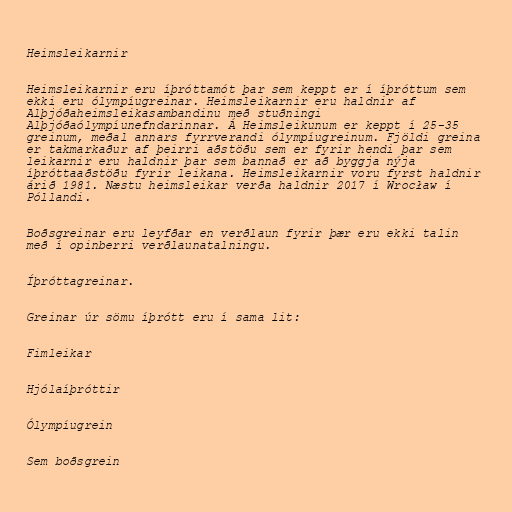
Heimsleikarnir

Heimsleikarnir eru íþróttamót þar sem keppt er í íþróttum sem
ekki eru ólympíugreinar. Heimsleikarnir eru haldnir af
Alþjóðaheimsleikasambandinu með stuðningi
Alþjóðaólympíunefndarinnar. Á Heimsleikunum er keppt í 25-35
greinum, meðal annars fyrrverandi ólympíugreinum. Fjöldi greina
er takmarkaður af þeirri aðstöðu sem er fyrir hendi þar sem
leikarnir eru haldnir þar sem bannað er að byggja nýja
íþróttaaðstöðu fyrir leikana. Heimsleikarnir voru fyrst haldnir
árið 1981. Næstu heimsleikar verða haldnir 2017 í Wrocław í
Póllandi.

Boðsgreinar eru leyfðar en verðlaun fyrir þær eru ekki talin
með í opinberri verðlaunatalningu.

Íþróttagreinar.

Greinar úr sömu íþrótt eru í sama lit:

Fimleikar

Hjólaíþróttir

Ólympíugrein

Sem boðsgrein